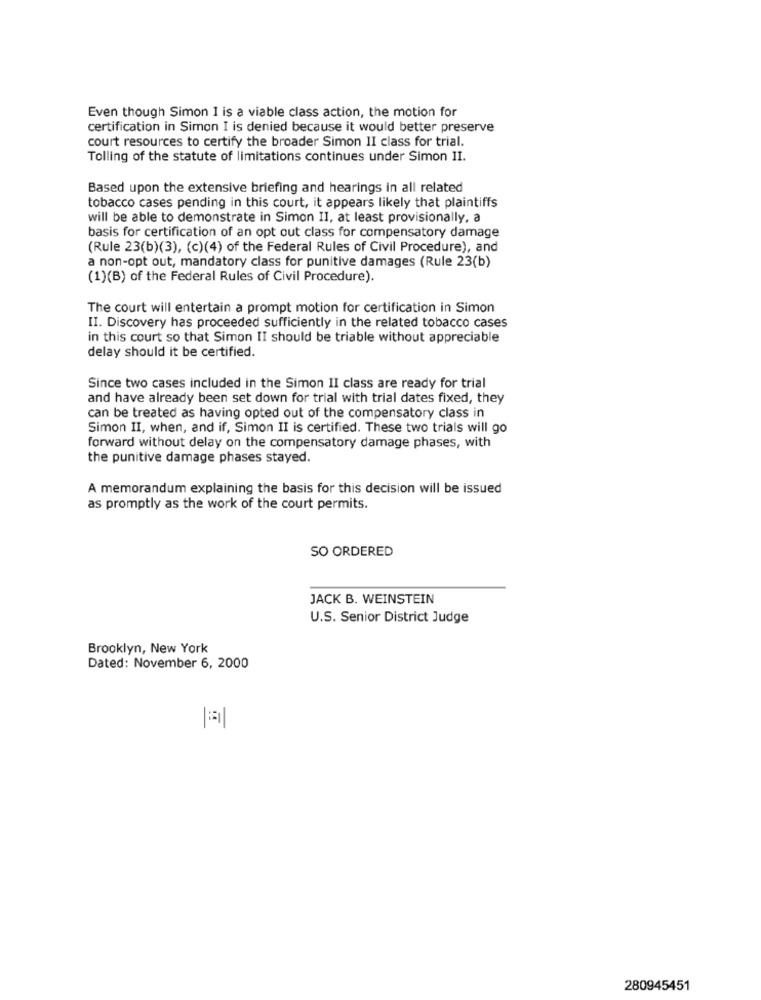
Even though Simon I is a viable class action, the motion for
certification in Simon I is denied because it would better preserve
court resources to certify the broader Simon II class for trial.
Tolling of the statute of limitations continues under Simon II.
Based upon the extensive briefing and hearings in all related
tobacco cases pending in this court, it appears likely that plaintiffs
will be able to demonstrate in Simon II, at least provisionally, a
basis for certification of an opt out class for compensatory damage
(Rule 23(b)(3), (c)(4) of the Federal Rules of Civil Procedure), and
a non-opt out, mandatory class for punitive damages (Rule 23(b)
(1)(B) of the Federal Rules of Civil Procedure).
The court will entertain a prompt motion for certification in Simon
II. Discovery has proceeded sufficiently in the related tobacco cases
in this court so that Simon II should be triable without appreciable
delay should it be certified.
Since two cases included in the Simon II class are ready for trial
and have already been set down for trial with trial dates fixed, they
can be treated as having opted out of the compensatory class in
Simon II, when, and if, Simon II is certified. These two trials will go
forward without delay on the compensatory damage phases, with
the punitive damage phases stayed.
A memorandum explaining the basis for this decision will be issued
as promptly as the work of the court permits.
SO ORDERED
JACK B. WEINSTEIN
U.S. Senior District Judge
Brooklyn, New York
Dated: November 6, 2000
280945451